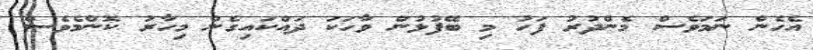
އެހެން ނަމަވެސް މެންދުރު ފަހު މި ބޭފުޅުން ވާހަކަ ދައްކައިގެން މިހާރު ކޮންމެވެސް